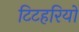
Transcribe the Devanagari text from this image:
टिटहरियों